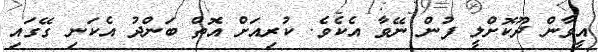
އީވާން ދޫކޮށްލީ ފުން ނޭވާ އެކެވެ. ކުރިއަށް އޮތް ބަންދު އެކަނި ގޭގައި